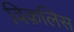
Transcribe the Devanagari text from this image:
विक़लिस